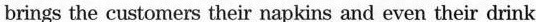
brings the customers their napkins and even their drink